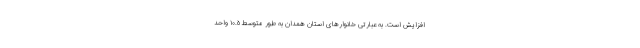
افزایش است. به عبارتی خانوارهای استان همدان به طور متوسط ١٠.٥ واحد